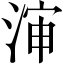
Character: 渖